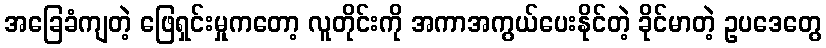
အခြေခံကျတဲ့ ဖြေရှင်းမှုကတော့ လူတိုင်းကို အကာအကွယ်ပေးနိုင်တဲ့ ခိုင်မာတဲ့ ဥပဒေတွေ